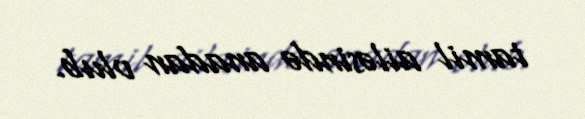
tamil ailəsində anadan olub.